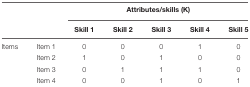
<table><thead><tr><td></td><td></td><td colspan="5"><b>Attributes/skills (K)</b></td></tr><tr><td></td><td></td><td><b>Skill 1</b></td><td><b>Skill 2</b></td><td><b>Skill 3</b></td><td><b>Skill 4</b></td><td><b>Skill 5</b></td></tr></thead><tbody><tr><td>Items</td><td>Item 1</td><td>0</td><td>0</td><td>0</td><td>1</td><td>0</td></tr><tr><td></td><td>Item 2</td><td>1</td><td>0</td><td>1</td><td>0</td><td>0</td></tr><tr><td></td><td>Item 3</td><td>0</td><td>1</td><td>1</td><td>1</td><td>0</td></tr><tr><td></td><td>Item 4</td><td>0</td><td>0</td><td>1</td><td>0</td><td>1</td></tr></tbody></table>